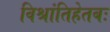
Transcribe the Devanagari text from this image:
विश्रांतिहेतबः